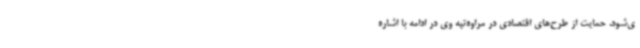
ی‌شود. حمایت از طرح‌های اقتصادی در مراوه‌تپه وی در ادامه با اشاره